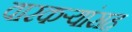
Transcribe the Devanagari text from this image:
वारकर्‍यांसह